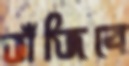
ভাঁজিবে